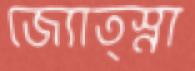
জ্যোত্স্না